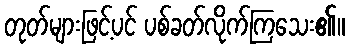
တုတ်များဖြင့်ပင် ပစ်ခတ်လိုက်ကြသေး၏။